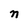
Character: n